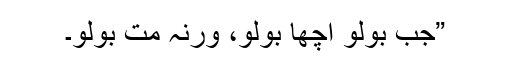
”جب بولو اچھا بولو، ورنہ مت بولو۔